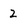
Character: 2